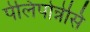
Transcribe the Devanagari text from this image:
पेलिपोन्नेसि